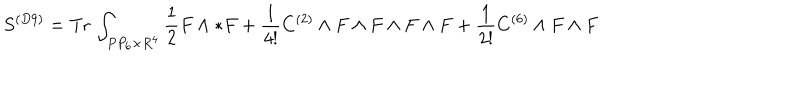
LaTeX: S ^ { ( D 9 ) } = \mathrm { T r } \, \int _ { P P _ { 6 } \times R ^ { 4 } } \frac { 1 } { 2 } F \wedge * F + \frac { 1 } { 4 ! } C ^ { ( 2 ) } \wedge F \wedge F \wedge F \wedge F + \frac { 1 } { 2 ! } C ^ { ( 6 ) } \wedge F \wedge F